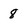
Character: 8